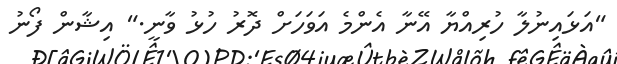
"އަޅައިނުލާ ހުރިއްޔާ އޭނާ އެންމެ އަވަހަށް ދޮރު ހުޅު ވާނީ." އިޝާން ފޯނު